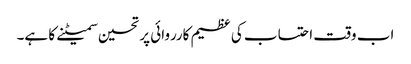
اب وقت احتساب کی عظیم کارروائی پر تحسین سمیٹنے کا ہے۔